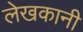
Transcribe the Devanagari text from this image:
लेखकानी